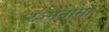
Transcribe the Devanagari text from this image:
रज्मनामा